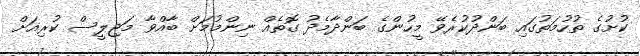
ކުށުގެ ތުހުމަތުގައި ބަންދުކުރެވޭ މީހުންގެ ބަންދާމެދު ގޮތެއް ނިންމުމަށް ބާއްވާ މަޖިލީސް ކުރިއަށް